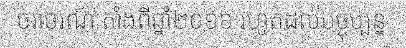
ចរាចរណ៍ តាំងពីឆ្នាំ២០១៦ រហូតដល់បច្ចុប្បន្ន